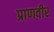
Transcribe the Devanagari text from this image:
प्राणवीर